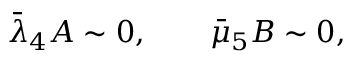
\begin{array} { r } { \bar { \lambda } _ { 4 } A \sim 0 , \qquad \bar { \mu } _ { 5 } B \sim 0 , } \end{array}